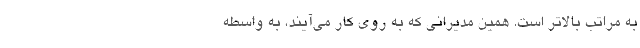
به مراتب بالاتر است. همین مدیرانی که به روی کار می‌آیند، به واسطه